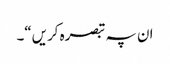
ان پہ تبصرہ کریں“۔